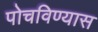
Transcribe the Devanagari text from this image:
पोचविण्यास